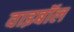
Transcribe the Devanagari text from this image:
वाइबॉल